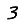
Digit: 3